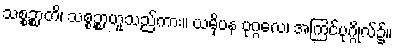
သစ္စဉ္စာတိ၊ သစ္စဉ္စာဟူသည်ကား။ ယမှိပန ပုဂ္ဂလေ၊ အကြင်ပုဂ္ဂိုလ်၌။